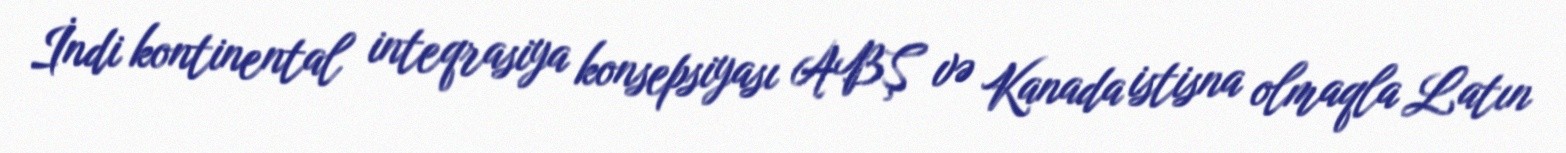
İndi kontinental inteqrasiya konsepsiyası ABŞ və Kanada istisna olmaqla Latın